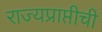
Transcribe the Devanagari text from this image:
राज्यप्राप्तीची